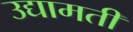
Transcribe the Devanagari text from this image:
उद्यामती